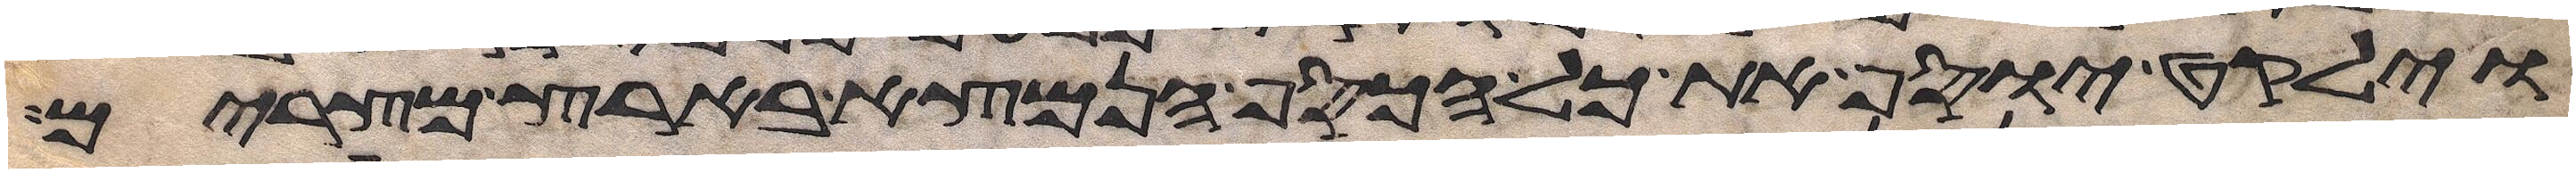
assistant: וילקט יוסף את כל הכסף הנמצא בארץ מצרים